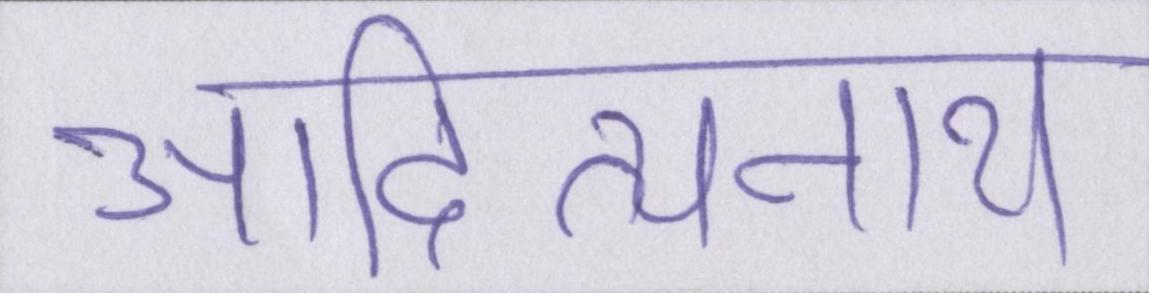
आदित्यनाथ